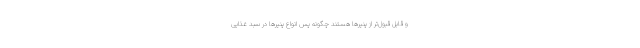
و قابل قبول‌تر از پنیرها هستند چگونه پس انواع پنیرها در سبد غذایی